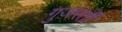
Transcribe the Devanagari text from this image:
गुज़रतीं